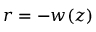
r = - w ( z )